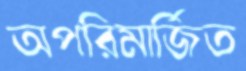
অপরিমার্জিত